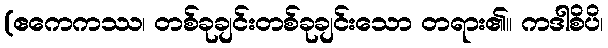
(ဧကေကဿ၊ တစ်ခုချင်းတစ်ခုချင်းသော တရား၏။ ကဒါစိပိ၊